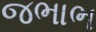
જભાભ